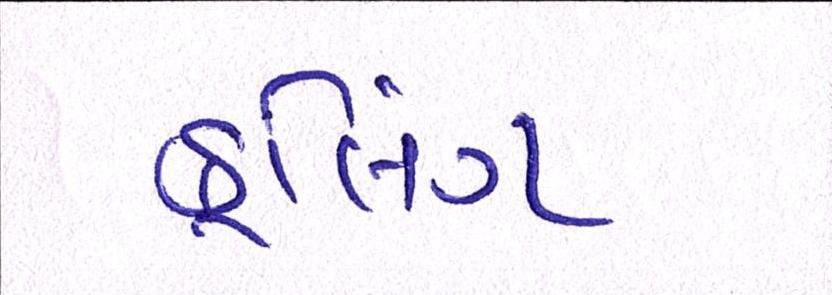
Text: કૂલિંગ